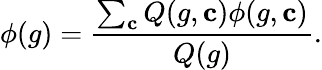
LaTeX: \phi(g)=\frac{\sum_{\mathbf{c}}Q(g,\mathbf{c})\phi(g,\mathbf{c})}{Q(g)}.